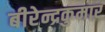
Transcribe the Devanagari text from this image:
बीरेन्द्रकुमार